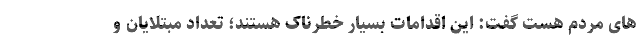
های مردم هست گفت: این اقدامات بسیار خطرناک هستند؛ تعداد مبتلایان و